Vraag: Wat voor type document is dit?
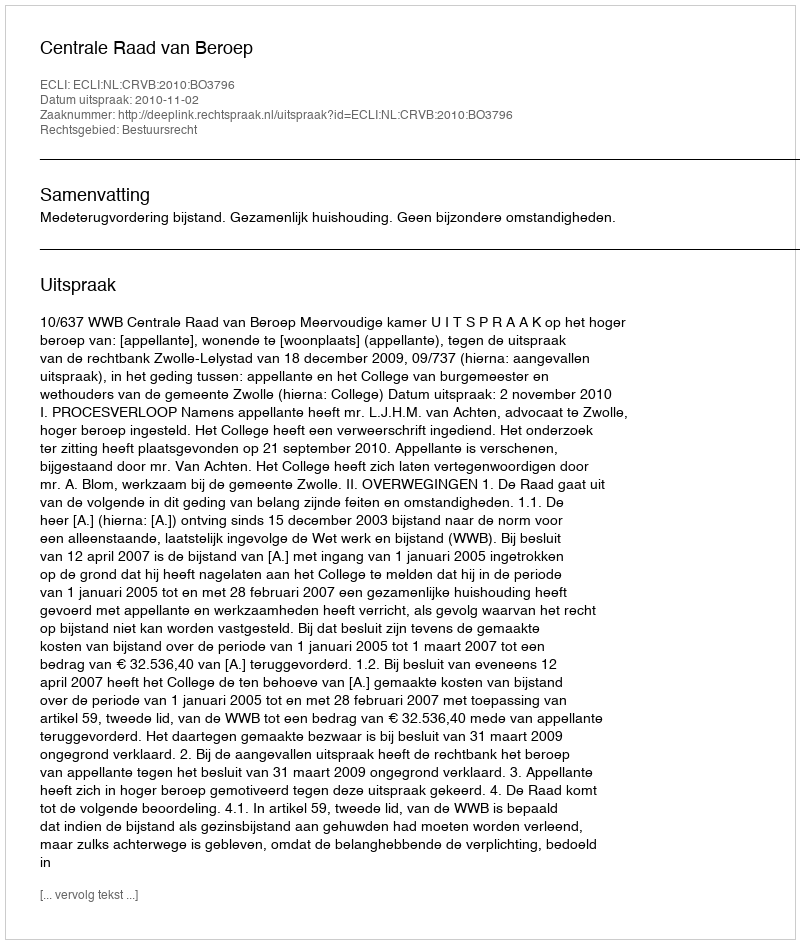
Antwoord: Uitspraak